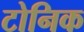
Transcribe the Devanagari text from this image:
टोनिक